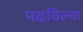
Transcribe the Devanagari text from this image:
पढविल्या